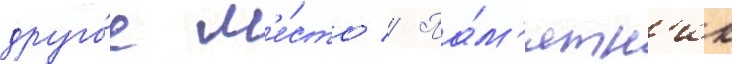
друго́е м'е́сто // Па́м'ятн'ик